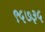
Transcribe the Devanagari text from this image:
९५७३५